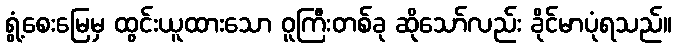
ရွံ့စေးမြေမှ ထွင်းယူထားသော ဝူကြီးတစ်ခု ဆိုသော်လည်း ခိုင်မာပုံရသည်။